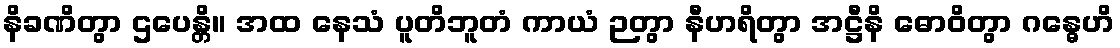
နိခဏိတွာ ဌပေန္တိ။ အထ နေသံ ပူတိဘူတံ ကာယံ ဉတွာ နီဟရိတွာ အဋ္ဌီနိ ဓောဝိတွာ ဂန္ဓေဟိ